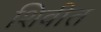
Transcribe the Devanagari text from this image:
शिवीत